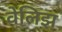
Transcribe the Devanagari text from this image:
वेलिझ